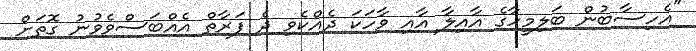
"އެހިސާބުން ބަލިމީހާގެ އާއިލާ އާއި ވާހަކަ ދެއްކެވި ދެ ފަރާތް އެއްބަސްވެވުނު ގޮތަށް